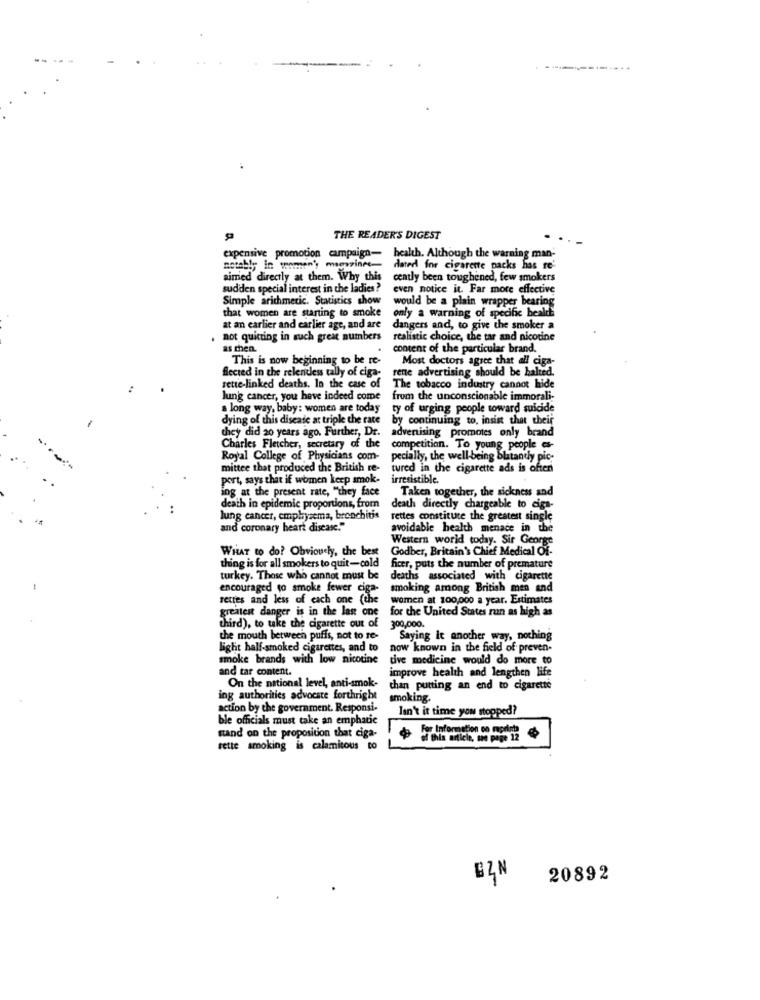
THE READER'S DIGEST
expensive promotion campaign-
health. Although the warning man-
notably in women's mesine-
dated for cigarette packs has re
aimed directly at them. Why this
cently been toughened, few smokers
sudden special interest in the ladies?
even notice it. Far more effective
Simple arithmetic. Statistics show
would be a plain wrapper bearing
only a warning of specific beald
that women are starting to smoke
at an earlier and earlier age, and are
dangers and, to give the smoker a
not quitting in such great numbers
realistic choice, the tar and nicotine
as chen.
content of the particular brand.
This is now beginning to be re-
Most doctors agree that all ciga-
flected in the relentless tally of ciga-
rente advertising should be halted.
rette-linked deaths. In the case of
The tobacco industry cannot hide
lung cancer, you have indeed come
from the unconscionable immorali-
a long way, baby: women are today
ty of urging people toward suicide
dying of this disease at triple the rate
by continuing to, insist that their
advertising promotes only brand
they did 20 years ago. Further, Dr.
Charles Fletcher, secretary of the
competition. To young people es-
Royal College of Physicians com-
pecially, the well-being blatantly pic-
mittee that produced the British re-
tured in the cigarette ads is often
port, says that if women keep smok-
irresistible.
ing at the present rate, "they face
Taken together, the sickness and
death in epidemic proportions, from
death directly chargeable to ciga-
lung cancer, emphysema, bronchitis
rettes constitute the greatest single
and coronary heart disease."
avoidable health menace in the
Western world today. Sir George
WHAT to do? Obviously, the best
Godber, Britain's Chief Medical Of-
thing is for all smokers to quit-cold
ficer, puts the number of premature
turkey. Those who cannot must be
deaths associated with cigarette
encouraged to smoke fewer ciga-
smoking among British men and
settes and less of each one (the
women at 100,000 a year. Estimates
greatest danger is in the last one
for the United States run as high as
third), to take the cigarette out of
300,000.
the mouth between puffs, not to re-
Saying it another way, nothing
light half-smoked cigarettes, and to
now known in the field of preven-
smoke brands with low nicotine
tive medicine would do more to
and tar content.
improve health and lengthen life
On the national level, anti-smok-
than putting an end to cigarette
ing authorities advocate forthright
smoking.
action by the government. Responsi-
Isn't it time you stopped?
ble officials must take an emphatic
stand on the proposition that ciga-
Information co modr?
sette smoking is calamitous to
BZN
20892